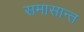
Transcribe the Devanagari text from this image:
समासान्त